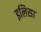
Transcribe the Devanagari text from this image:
इलिसा